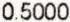
0.5000